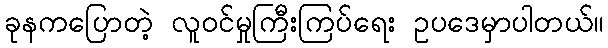
ခုနကပြောတဲ့ လူဝင်မှုကြီးကြပ်ရေး ဥပဒေမှာပါတယ်။